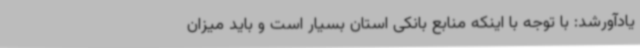
یادآورشد: با توجه با اینکه منابع بانکی استان بسیار است و باید میزان